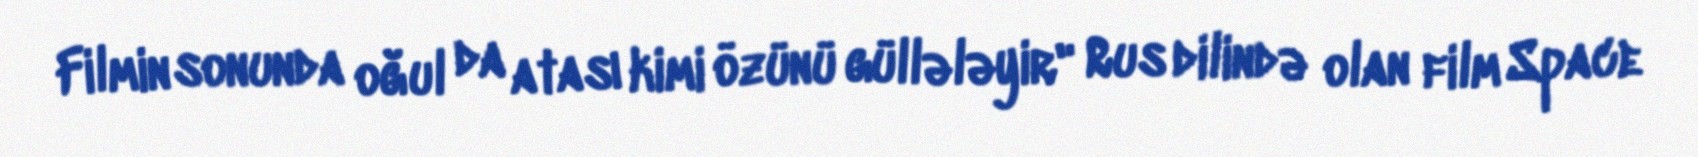
Filmin sonunda oğul da atası kimi özünü güllələyir" Rus dilində olan film Space